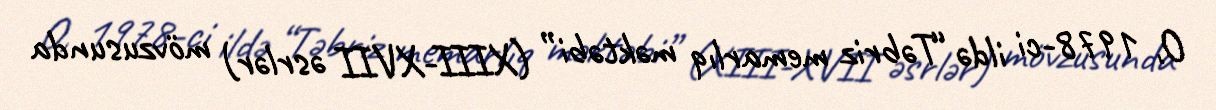
O, 1978-ci ildə “Təbriz memarlıq məktəbi” (XIII-XVII əsrlər) mövzusunda